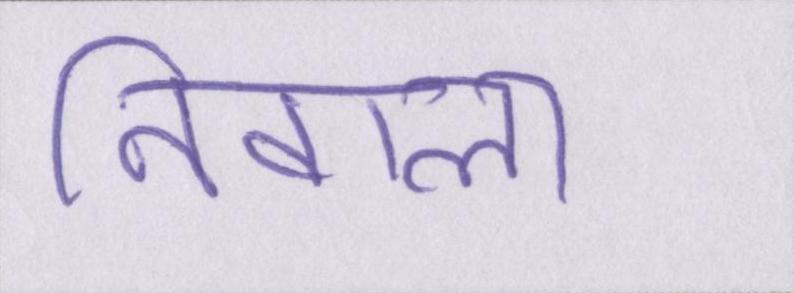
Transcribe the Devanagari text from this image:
निवाला